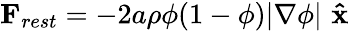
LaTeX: \mathbf{F}_{rest}=-2a\rho\phi(1-\phi)|\nabla\phi|\, \, \mathbf{\hat{x}}